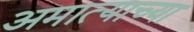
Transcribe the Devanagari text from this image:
अमात्याच्या